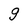
Character: g